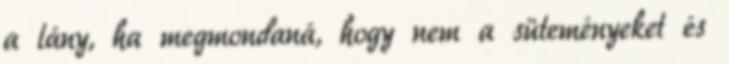
a lány, ha megmondaná, hogy nem a süteményeket és